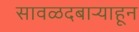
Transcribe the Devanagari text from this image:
सावळदबार्‍याहून